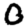
Digit: 0